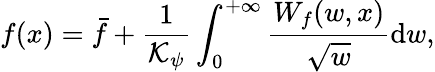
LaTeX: f(x)=\bar{f}+\frac{1}{\mathcal{K}_{\psi}}\int_{0}^{+\infty}\frac{W_{f}(w,x)}{\sqrt{w}}\mathrm{d}w,